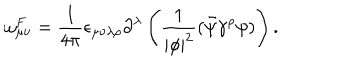
\omega _ { \mu \nu } ^ { F } = \frac { 1 } { 4 \pi } \epsilon _ { \mu \nu \lambda \rho } \partial ^ { \lambda } \left( \frac { 1 } { | \phi | ^ { 2 } } ( \bar { \psi } \gamma ^ { \rho } \psi ) \right) .